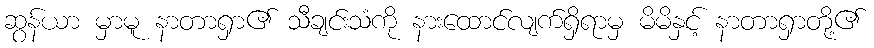
ဆွန်ယာ မှာမူ နာတာရှာ၏ သီချင်းသံကို နားထောင်လျက်ရှိရာမှ မိမိနှင့် နာတာရှာတို့၏